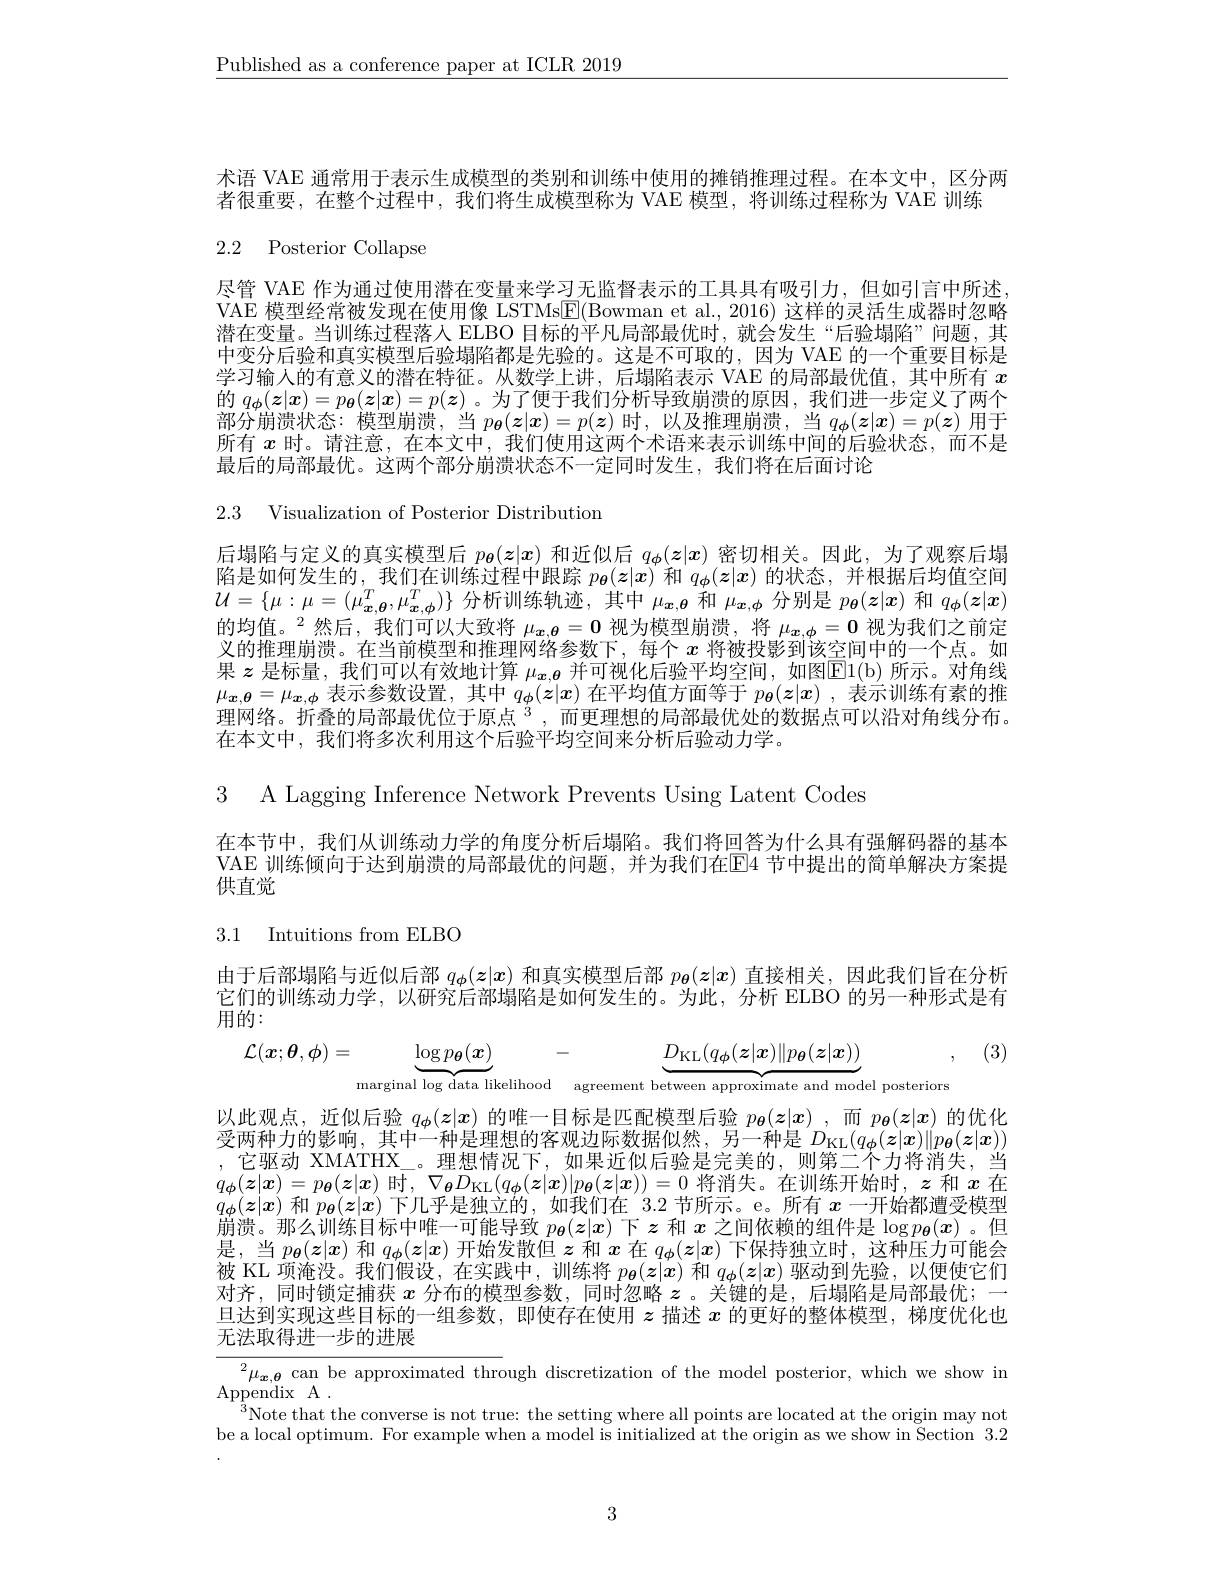
$\underline{\text{Published as a conference paper at ICLR 2019}}$

术语 VAE 通常用于表示生成模型的类别和训练中使用的摊销推理过程。在本文中，区分两
者很重要，在整个过程中，我们将生成模型称为 VAE 模型，将训练过程称为 VAE 训练

2.2 Posterior Collapse

尽管 VAE 作为通过使用潜在变量来学习无监督表示的工具具有吸引力，但如引言中所述VAE 模型经常被发现在使用像 LSTMs$\underline{\mathrm{E}}($Bowman et al., 2016) 这样的灵活生成器时忽略潜在变量。当训练过程落入 ELBO 目标的平凡局部最优时，就会发生“后验塌陷”问题，其中变分后验和真实模型后验塌陷都是先验的。这是不可取的，因为 VAE 的一个重要目标是学习输人的有意义的潜在特征。从数学上讲，后塌陷表示 VAE 的局部最优值，其中所有$x$ 的$q_{\boldsymbol{\phi}}(\boldsymbol{z}|\boldsymbol{x})=p_{\boldsymbol{\theta}}(\boldsymbol{z}|\boldsymbol{x})=p(\boldsymbol{z})$。为了便于我们分析导致崩溃的原因，我们进一步定义了两个部分崩溃状态：模型崩溃，当$p_{\boldsymbol{\theta}}(\boldsymbol{z}|\boldsymbol{x})=p(\boldsymbol{z})$时，以及推理崩溃，当$q_{\boldsymbol{\phi}}(\boldsymbol{z}|\boldsymbol{x})=p(\boldsymbol{z})$用于所有$x$时。请注意，在本文中，我们使用这两个术语来表示训练中间的后验状态，而不是最后的局部最优。这两个部分崩溃状态不一定同时发生，我们将在后面讨论
2.3 Visualization of Posterior Distribution
后塌陷与定义的真实模型后$p_{\boldsymbol{\theta}}(\boldsymbol{z}|\boldsymbol{x})$和近似后$q_{\phi}(z|\boldsymbol{x})$密切相关。因此，为了观察后塌陷是如何发生的，我们在训练过程中跟踪$p_{\boldsymbol{\theta}}(z|x)$和$q_\phi(z|x)$的状态，并根据后均值空间$\mathcal{U}=\{\mu:\mu=(\mu_{\boldsymbol{x},\boldsymbol{\theta}}^T,\mu_{\boldsymbol{x},\boldsymbol{\phi}}^T)\}$分析训练轨迹，其中$\mu_\boldsymbol{x},\boldsymbol{\theta}$和$\mu_\boldsymbol{x},\boldsymbol{\phi}$分别是$p_\boldsymbol{\theta}(\boldsymbol z|\boldsymbol{x})$和$q_\boldsymbol{\phi}(\boldsymbol{z}|\boldsymbol{x})$ 的均值。$^2$然后，我们可以大致将$\mu_{x,\theta}=0$视为模型崩溃，将$\mu_{x,\phi}=0$视为我们之前定义的推理崩溃。在当前模型和推理网络参数下，每个$x$将被投影到该空间中的一个点。如果$z$是标量，我们可以有效地计算$\mu_{\boldsymbol{x},\boldsymbol{\theta}}$并可视化后验平均空间，如图E1( b) 所示。对角线$\mu_{\boldsymbol{x},\boldsymbol{\theta}}=\mu_{\boldsymbol{x},\boldsymbol{\phi}}$表示参数设置，其中$q_\boldsymbol{\phi}(z|x)$在平均值方面等于$p_\boldsymbol{\theta}(\boldsymbol{z}|x)$ ,表示训练有素的推理网络。折叠的局部最优位于原点$^3$,而更理想的局部最优处的数据点可以沿对角线分布。在本文中，我们将多次利用这个后验平均空间来分析后验动力学。

3 A Lagging Inference Network Prevents Using Latent Codes

在本节中，我们从训练动力学的角度分析后塌陷。我们将回答为什么具有强解码器的基本VAE 训练倾向于达到崩溃的局部最优的问题，并为我们在E4 节中提出的简单解决方案提供直觉

3.1 Intuitions from ELBO

由于后部塌陷与近似后部$q_\phi(\boldsymbol{z}|\boldsymbol{x})$和真实模型后部$p_{\boldsymbol{\theta}}(\boldsymbol{z}|\boldsymbol{x})$直接相关，因此我们旨在分析它们的训练动力学，以研究后部塌陷是如何发生的。为此，分析 ELBO 的另一种形式是有$\bar{\text{用的}}:$

(3)
$$\mathcal{L}(\boldsymbol{x};\boldsymbol{\theta},\boldsymbol{\phi})=\underbrace{\log p_{\boldsymbol{\theta}}(\boldsymbol{x})}_{\text{marginal log data likelihood}}-\underbrace{D_{\mathrm{KL}}(q_{\boldsymbol{\phi}}(\boldsymbol{z}|\boldsymbol{x})\|p_{\boldsymbol{\theta}}(\boldsymbol{z}|\boldsymbol{x}))}_{\text{agreement between approximate and model posteriors}},$$
以此观点，近似后验$q_\phi(\boldsymbol{z}|\boldsymbol{x})$的唯一目标是匹配模型后验$p_{\boldsymbol{\theta}}(\boldsymbol{z}|\boldsymbol{x})$ ,而$p_{\boldsymbol{\theta}}(\boldsymbol{z}|\boldsymbol{x})$的优化受两种力的影响，其中一种是理想的客观边际数据似然，另一种是$D_\mathrm{KL}(q_{\phi}(\boldsymbol{z}|\boldsymbol{x})\|p_{\theta}(\boldsymbol{z}|\boldsymbol{x}))$
$\mathbb{P}$级动$\times$MAT
理想情况下，如果近似后验是完美的，则第二个力将消失。
$q_{\boldsymbol{\phi}}(z|x)=p_{\boldsymbol{\theta}}(z|x)$时，$\nabla_{\boldsymbol{\theta}}D_{\mathrm{KL}}(q_{\boldsymbol{\phi}}(\boldsymbol{z}|\boldsymbol{x})|p_{\boldsymbol{\theta}}(\boldsymbol{z}|\boldsymbol{x}))=0$将消失。在训练开始时，$z$和$x$在
所有
一十七名名长15
$q_{\boldsymbol{\phi}}(\boldsymbol{z}|\boldsymbol{x})$和$p_\boldsymbol{\theta}(\boldsymbol{z}|\boldsymbol{x})$下几乎是独立的，如我们在 3.2 节所示。
崩溃。那么训练目标中唯一可能导致$p_{\boldsymbol{\theta}}(z|x)$下$z$和$x$之间依赖的组件是$\log p_{\boldsymbol{\theta}}(\boldsymbol{x})$。但是，当$p_{\boldsymbol{\theta}}(\boldsymbol{z}|\boldsymbol{x})$和$q_{\boldsymbol{\phi}}(\boldsymbol{z}|\boldsymbol{x})$开始发散但$z$和$x$在$q_{\boldsymbol{\phi}}(\boldsymbol{z}|\boldsymbol{x})$下保持独立时，这种压力可能会被 KL 项淹没。我们假设，在实践中，训练将$p_{\boldsymbol{\theta}}(\boldsymbol{z}|\boldsymbol{x})$和$q_{\boldsymbol{\phi}}(\boldsymbol{z}|\boldsymbol{x})$驱动到先验，以便使它们对齐，同时锁定捕获$x$分布的模型参数，同时忽略$z$ 。关键的是，后塌陷是局部最优；一旦达到实现这些目标的一组参数，即使存在使用$z$描述$x$的更好的整体模型，梯度优化也无法取得进一步的进展

$^2\mu_{\boldsymbol{x},\boldsymbol{\theta}}$ can be approximated through discretization of the model posterior, which we show in
Appendix A.
$^{3}$Note that the converse is not true: the setting where all points are located at the origin may not be a local optimum. For example when a model is initialized at the origin as we show in $\bar{\text{Section }}3.2$

3